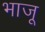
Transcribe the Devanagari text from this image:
भाजू